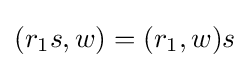
(r_{1}s,w)=(r_{1},w)s